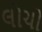
લોચો